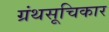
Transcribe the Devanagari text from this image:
ग्रंथसूचिकार